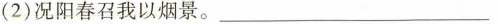
(2)况阳春召我以烟景。 ___